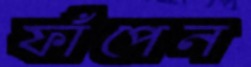
ফাঁপেন